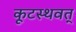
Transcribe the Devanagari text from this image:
कूटस्थवत्‌